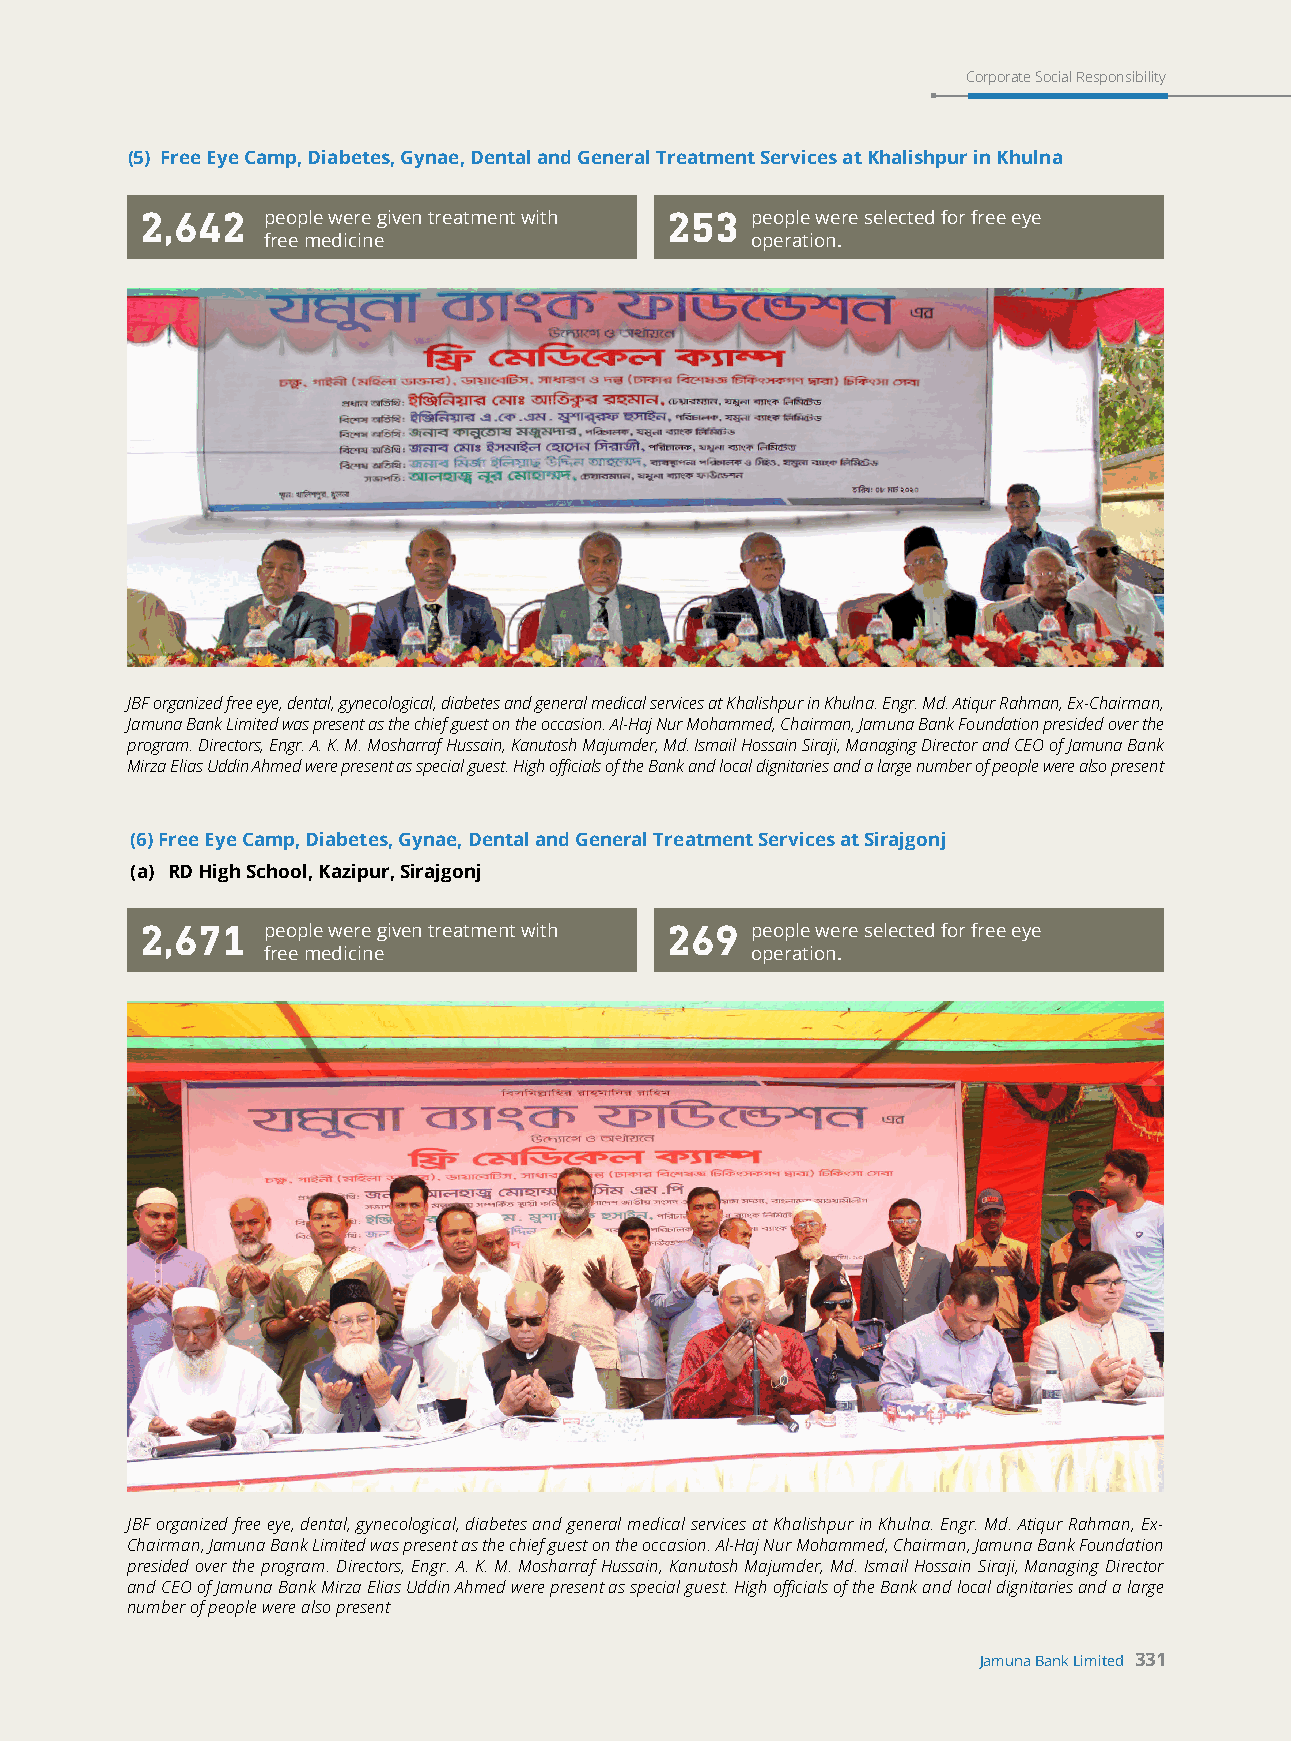
Corporate Social Responsibility
 (5) Free Eye Camp, Diabetes, Gynae, Dental and General Treatment Services at Khalishpur in Khulna
 2,642   people were given treatment with 253 people were selected for free eye
 free medicine                    operation.
 JBF organized free eye, dental, gynecological, diabetes and general medical services at Khalishpur in Khulna. Engr. Md. Atiqur Rahman, Ex-Chairman,
 Jamuna Bank Limited was present as the chief guest on the occasion. Al-Haj Nur Mohammed, Chairman, Jamuna Bank Foundation presided over the
 program. Directors, Engr. A. K. M. Mosharraf Hussain, Kanutosh Majumder, Md. Ismail Hossain Siraji, Managing Director and CEO of Jamuna Bank
 Mirza Elias Uddin Ahmed were present as special guest. High officials of the Bank and local dignitaries and a large number of people were also present
 (6) Free Eye Camp, Diabetes, Gynae, Dental and General Treatment Services at Sirajgonj
 (a) RD High School, Kazipur, Sirajgonj
 2,671   people were given treatment with 269 people were selected for free eye
 free medicine                    operation.
 JBF organized free eye, dental, gynecological, diabetes and general medical services at Khalishpur in Khulna. Engr. Md. Atiqur Rahman, Ex-
 Chairman, Jamuna Bank Limited was present as the chief guest on the occasion. Al-Haj Nur Mohammed, Chairman, Jamuna Bank Foundation
 presided over the program. Directors, Engr. A. K. M. Mosharraf Hussain, Kanutosh Majumder, Md. Ismail Hossain Siraji, Managing Director
 and CEO of Jamuna Bank Mirza Elias Uddin Ahmed were present as special guest. High officials of the Bank and local dignitaries and a large
 number of people were also present
 Jamuna Bank Limited 331